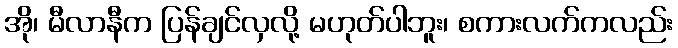
အို၊ မီလာနီက ပြန်ချင်လှလို့ မဟုတ်ပါဘူး၊ စကားလက်ကလည်း